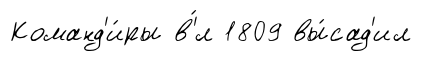
Команд'и́ры в'́л 1809 вы́сад'ил